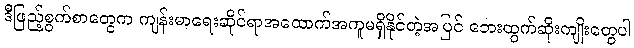
ဒီဖြည့်စွက်စာတွေက ကျန်းမာရေးဆိုင်ရာအထောက်အကူမရှိနိုင်တဲ့အပြင် ဘေးထွက်ဆိုးကျိုးတွေပါ